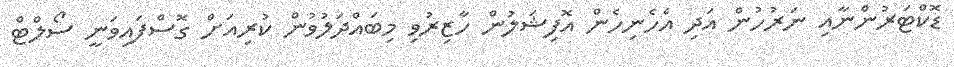
ޑޮކްޓަރުންނާއި ނަރުހުން އަދި އެހެނިހެން އޮފިޝަލުން ހާޒިރުވި މިބައްދަލުުވުން ކުރިއަށް ގޮސްފައިވަނީ ސޯލްޓް